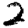
Digit: 2